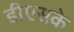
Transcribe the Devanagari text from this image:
डीएसके